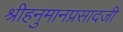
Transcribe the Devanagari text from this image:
श्रीहनुमानप्रसादजी